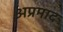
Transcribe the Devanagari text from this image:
अप्रमाद